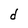
Character: d